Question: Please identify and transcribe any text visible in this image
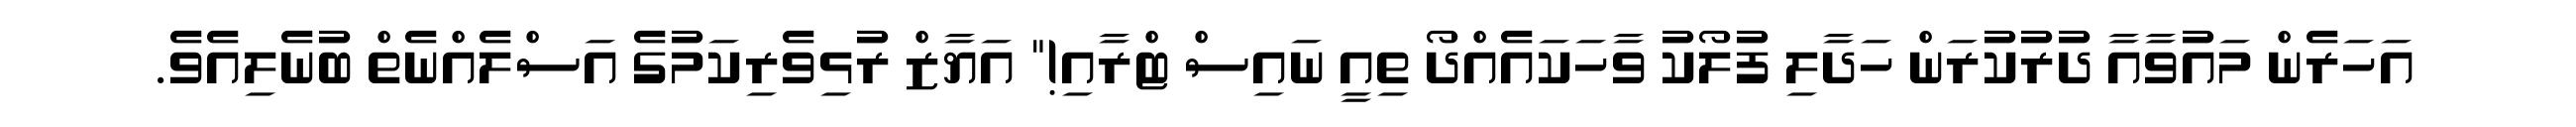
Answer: އަހަރެން މައުވާއާ ދުރުކުރަން ހަދާލި ފުލޯކު ވާހަކައެއްދޯ ތިއީ ނައިސް ޓްރާއި!" އަޔާޒް ރުޅިވެރިކަމުގެ އަސްލެއްނެތް ބުނެލިއެވެ.